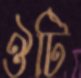
ঔটি